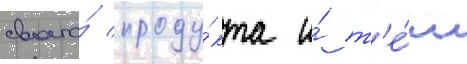
своего́ проду́кта и́ т'е́м